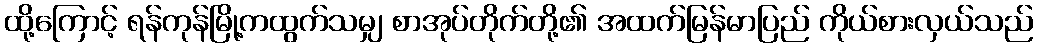
ထို့ကြောင့် ရန်ကုန်မြို့ကထွက်သမျှ စာအုပ်တိုက်တို့၏ အထက်မြန်မာပြည် ကိုယ်စားလှယ်သည်